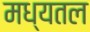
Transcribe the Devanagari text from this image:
मध्यतल